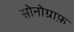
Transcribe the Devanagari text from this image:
सोनोग्राफ़